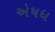
એષધ